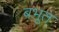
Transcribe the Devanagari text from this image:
बभूत